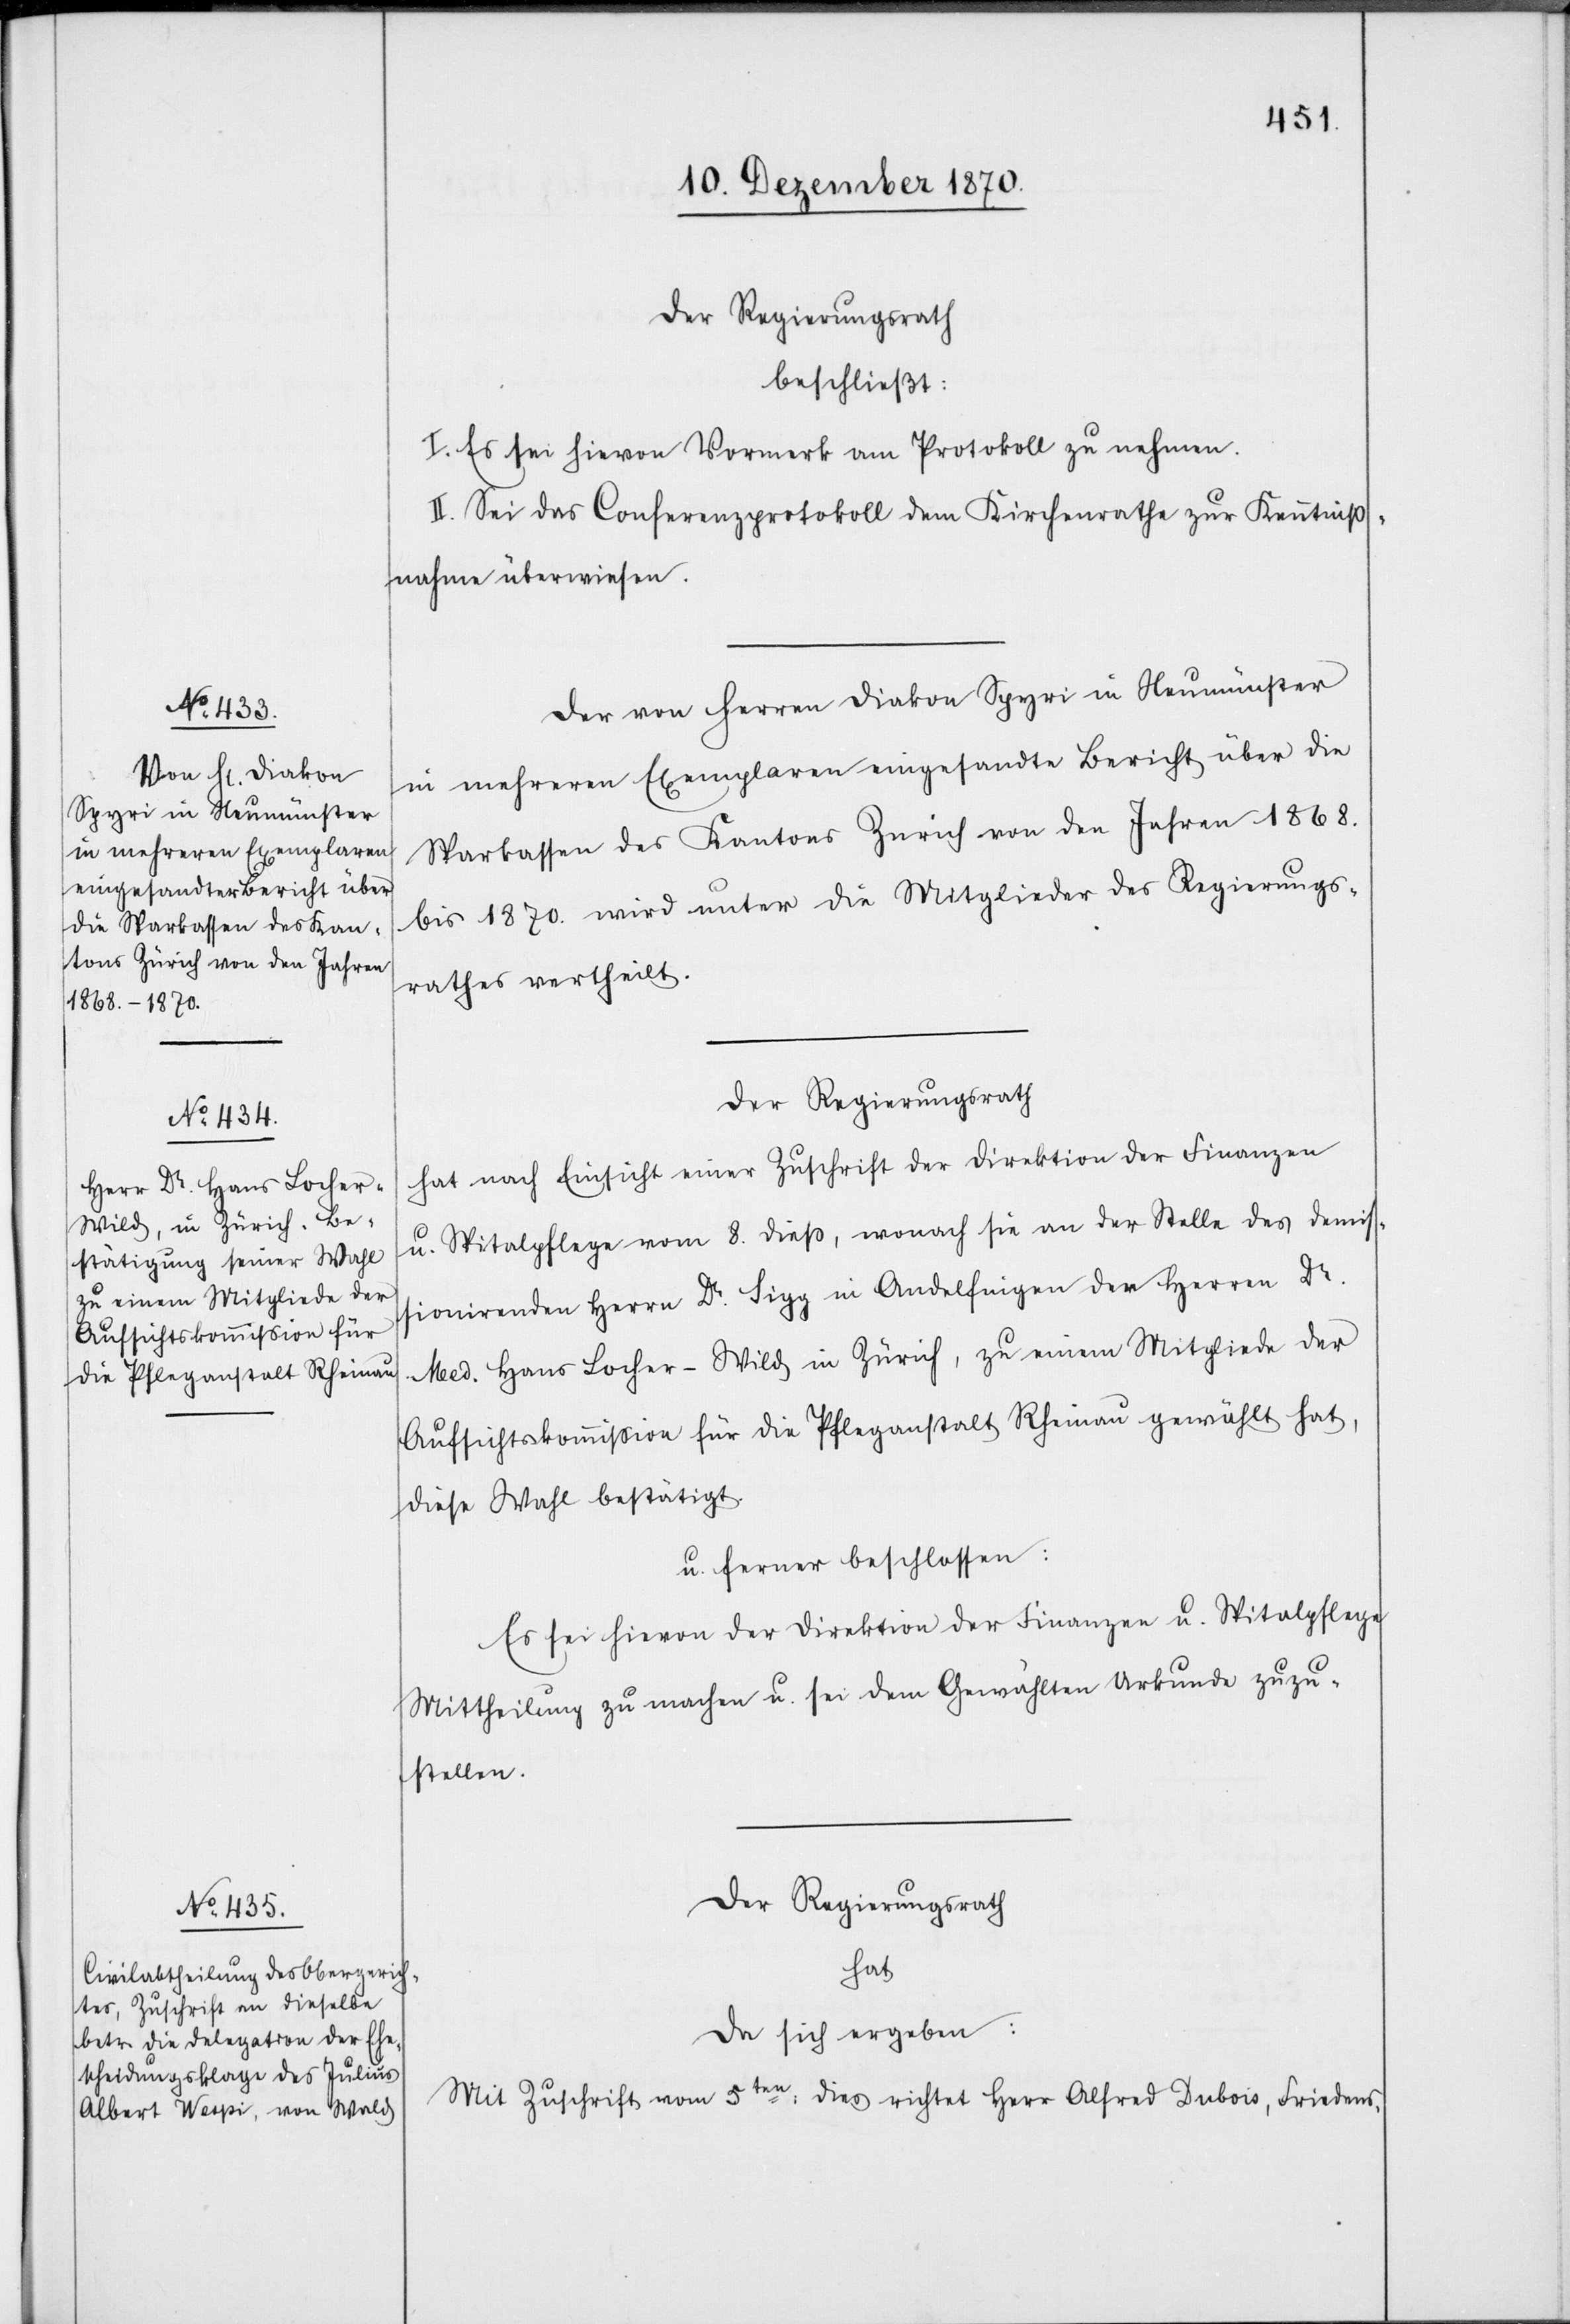
Der von Herren Diakon Spyri in Neumünster
in mehreren Exemplaren eingesandte Bericht über die
Sparkassen des Kantons Zürich von den Jahren 1868.
bis 1870. wird unter die Mitglieder des Regierungs¬
rathes vertheilt.
Der Regierungsrath
hat nach Einsicht einer Zuschrift der Direktion der Finanzen
u. Spitalpflege vom 8. dieß, wonach sie an der Stelle des demiss¬
ionirenden Herrn Dr. Sigg in Andelfingen den Herren Dr.
Med. Hans Locher-Wild in Zürich, zu einem Mitgliede der
Aufsichtskommißion für die Pflegeanstalt Rheinau gewählt hat,
diese Wahl bestätigt.
u. ferner beschlossen:
Es sei hievon der Direktion der Finanzen u. Spitalpflege
Mittheilung zu machen u. sei dem Gewählten Urkunde zuzu¬
stellen.
Der Regierungsrath
hat
da sich ergeben:
Mit Zuschrift vom 5ten: dies richtet Herr Alfred Dubois, Friedens-